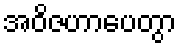
အဝိဇဟာပေတွာ